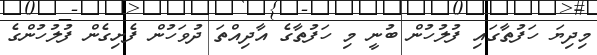
މިދިޔަ ހަފުތާގައި ފުލުހުން ބުނީ މި ހަފުތާގެ އާދިއްތަ ދުވަހުން ފެށިގެން ފުލުހުންގެ